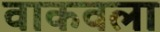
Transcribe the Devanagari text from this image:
वाकवला